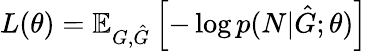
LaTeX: L(\theta)=\mathbb{E}_{G,\hat{G}}\left[-\log p(N|\hat{G};\theta)\right]